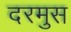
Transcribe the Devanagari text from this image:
दरमुस